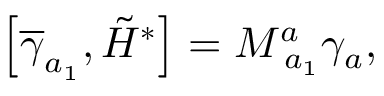
\left[ \overline { { { \gamma } } } _ { a _ { 1 } } , \tilde { H } ^ { * } \right] = M _ { \; a _ { 1 } } ^ { a } \gamma _ { a } ,